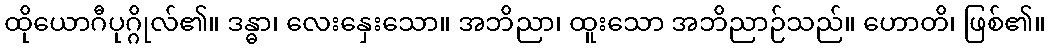
ထိုယောဂီပုဂ္ဂိုလ်၏။ ဒန္ဓာ၊ လေးနှေးသော။ အဘိညာ၊ ထူးသော အဘိညာဉ်သည်။ ဟောတိ၊ ဖြစ်၏။